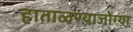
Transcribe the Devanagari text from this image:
हाताळण्याजोग्या